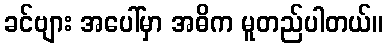
ခင်ဗျား အပေါ်မှာ အဓိက မူတည်ပါတယ်။